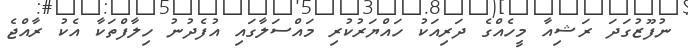
ނުފޫޒުގަދަ ރަޝިއާ މީހެއްގެ ދަރިއަކު ހައްޔަރުކުރި މައްސަލާގައި އުފެދުނު ހިލާފްތަކާ އެކު ރާއްޖެ